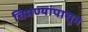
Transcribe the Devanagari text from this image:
चिमण्यांपासून